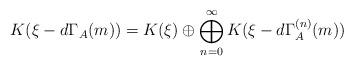
LaTeX: \begin{align*}K(\xi-d\Gamma_A(m))=K(\xi)\oplus \bigoplus_{n=0}^\infty K(\xi-d\Gamma_A^{(n)}(m))\end{align*}